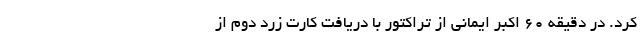
کرد. در دقیقه ۶۰ اکبر ایمانی از تراکتور با دریافت کارت زرد دوم از